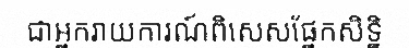
ជាអ្នករាយការណ៍ពិសេសផ្នែកសិទ្ឋិ